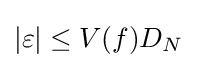
|\varepsilon |\leq V(f)D_{N}